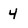
Character: 4